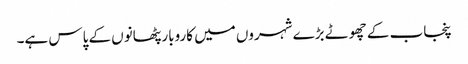
پنجاب کے چھوٹے بڑے شہروں میں کاروبار پٹھانوں کے پاس ہے۔